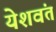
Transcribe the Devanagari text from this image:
येशवंत